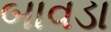
બાવડા